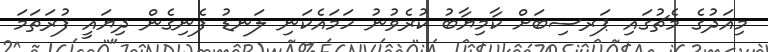
މިއަދުގެ މެޗުގައި ޕަރސިބަށް ކާމިޔާބު ކުރެވުނު ހަމައެކަނި ލަނޑު ފެނިގެން ދިޔައީ ފުރަތަމަ